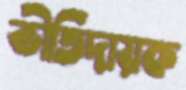
ভীতিদায়ক